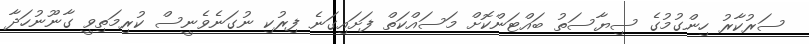
ސަރުކާރު ހިންގުމުގެ ސިޔާސަތު ބައްޓަންކޮށް މަސައްކަތް ފަށައިގަނެ ފިރުކި ނުގަނެވެނީސް ކުރިމަތިވީ ގާނޫނުހަދާ